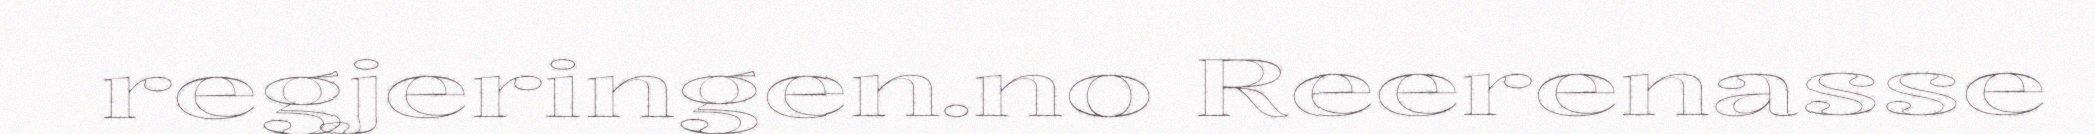
regjeringen.no Reerenasse